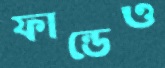
ফান্ডেও